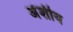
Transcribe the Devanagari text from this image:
अंशीय